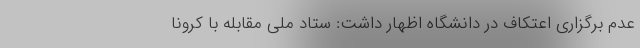
‌عدم برگزاری اعتکاف در دانشگاه اظهار داشت: ستاد ملی مقابله با کرونا